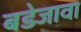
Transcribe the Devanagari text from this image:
बडेजावा